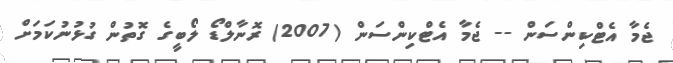
ޖެމާ އެޓްކިންސަން -- ޖެމާ އެޓްކިންސަން (2007) ރޮނާލްޑޯ ލޯބީގެ ގޮތުން ގުޅުނުކަމަށް